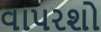
વાપરશો